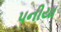
પનીયા